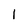
Character: 1